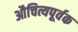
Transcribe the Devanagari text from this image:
औचित्यपूर्वक